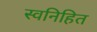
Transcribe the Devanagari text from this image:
स्वनिहित